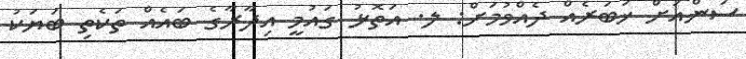
ސަންއަށް ޚަބަރެއް ދެއްވުމަށް: ލ. އަތޮޅު ގައުމީ އިދާރާގެ ބައެއް ތަކެތި ބަޔަކު